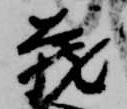
蔵